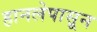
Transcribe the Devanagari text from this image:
हानलेपासून